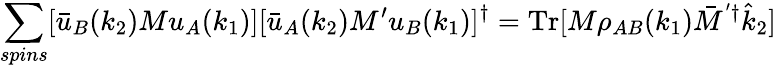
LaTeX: \sum_{spins}[\bar{u}_{B}(k_{2})Mu_{A}(k_{1})][\bar{u}_{A}(k_{2})M^{\prime}u_{B}(k_{1})]^{\dagger}=\mathrm{Tr}[M\rho_{AB}(k_{1})\bar{M}^{'\dagger}\hat{k}_{2}]